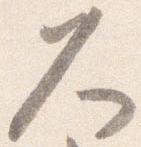
久